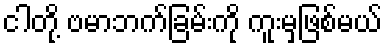
ငါတို့ ဗမာဘက်ခြမ်းကို ကူးမှဖြစ်မယ်